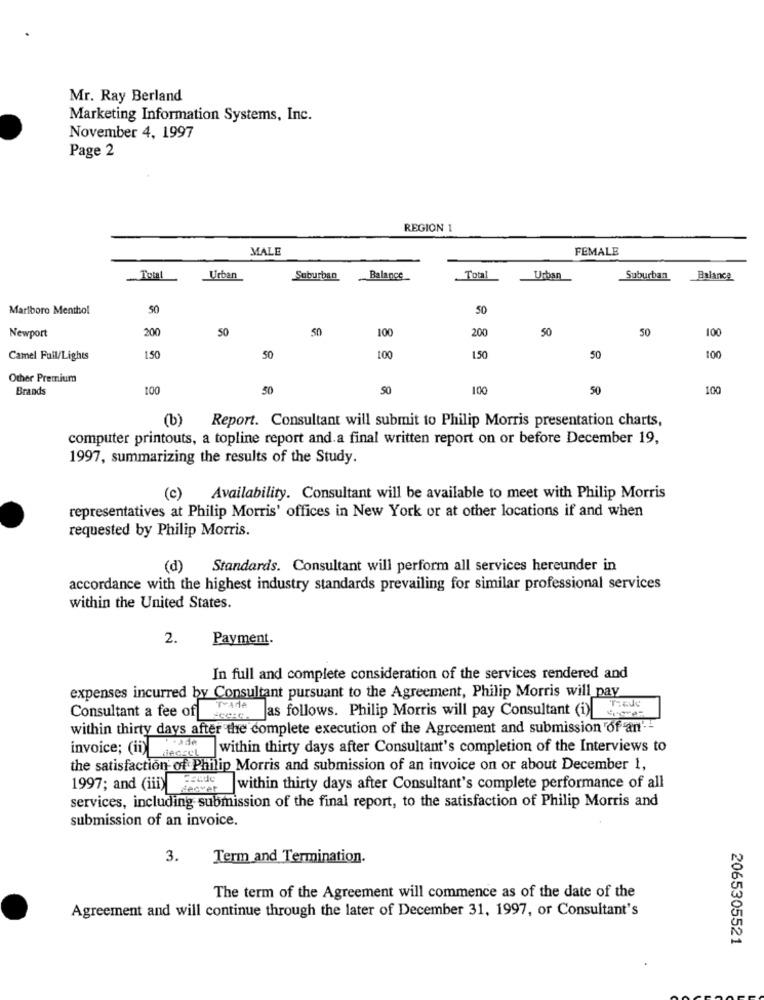
Mr. Ray Berland
Marketing Information Systems, Inc.
November 4, 1997
Page 2
REGION 1
MALE
FEMALE
Total
Urban
Suburban
Balance
Total
Urban
Suburban
Balance
Marlboro Menthol
50
50
200
50
50
100
200
50
50
100
Newport
Camel Fuil/Lights
150
50
100
1.50
50
100
Other Premium
Brands
100
50
50
100
50
100
(b) Report. Consultant will submit to Philip Morris presentation charts,
computer printouts, a topline report and.a final written report on or before December 19,
1997, summarizing the results of the Study.
(c)
Availability. Consultant will be available to meet with Philip Morris
representatives at Philip Morris' offices in New York or at other locations if and when
requested by Philip Morris.
(d)
Standards. Consultant will perform all services hereunder in
accordance with the highest industry standards prevailing for similar professional services
within the United States.
2.
Payment.
In full and complete consideration of the services rendered and
expenses incurred by Consultant pursuant to the Agreement, Philip Morris will pay
secre. Jas follows. Philip Morris will pay Consultant (i) .-
Trade
Consultant a fee of
within thirty days after the complete execution of the Agreement and submission of an --
invoice; (ii)
.ade
within thirty days after Consultant's completion of the Interviews to
MACELL
the satisfaction of Philip Morris and submission of an invoice on or about December 1,
1997; and (iii) Feede
Recvet
within thirty days after Consultant's complete performance of all
services, including submission of the final report, to the satisfaction of Philip Morris and
submission of an invoice.
3.
Term and Termination.
The term of the Agreement will commence as of the date of the
Agreement and will continue through the later of December 31, 1997, or Consultant's
2065305521